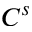
C ^ { s }